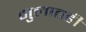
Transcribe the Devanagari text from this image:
मुलातही